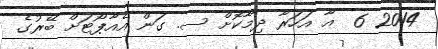
2014 6  އާ އަހަރާ ދިމާކޮށް ސ. ގަން އެއާޕޯޓަށް ބޭރުގެ